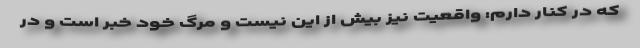
که در کنار دارم: واقعیت نیز بیش از این نیست و مرگ خود خبر است و در